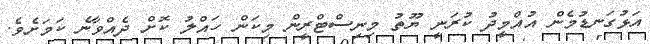
އަޅުގަނޑުމެން އުއްމީދު ކުރަނީ ޔޫތު މިނިސްޓްރީން މިކަން ހައްލު ކޮށް ދެއްވާނެ ކަމަށެވެ.